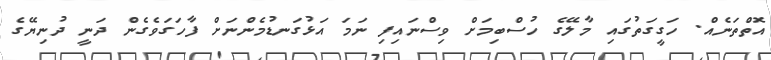
އޮތްތަނެއް. ހަގީގަތުގައި މާލޭގެ ހުސްބިމަށް ވިސްނައިފި ނަމަ އަޅުގަނޑުމެންނަށް ފާހަގަވެގެން ދަނީ ދުނިޔޭގެ